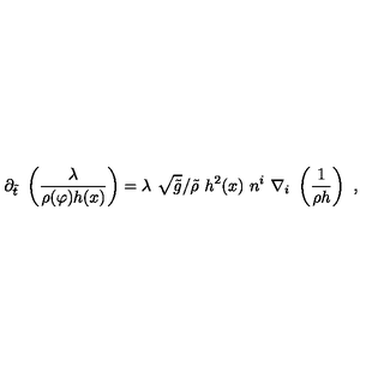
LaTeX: \partial _ { \tilde { t } } \ \left( \frac { \lambda } { \rho ( \varphi ) h ( x ) } \right) = \lambda \ \sqrt { \tilde { g } } / \tilde { \rho } \ h ^ { 2 } ( x ) \ n ^ { i } \ \nabla _ { i } \ \left( \frac { 1 } { \rho h } \right) \ ,